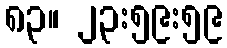
၈၃။ ၂၃:၅၉:၅၉